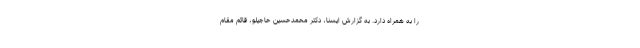
را به همراه دارد. به گزارش ایسنا، دکتر محمدحسین حاجیلو، قائم مقام